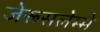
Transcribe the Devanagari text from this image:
जेरूसलेम्मे